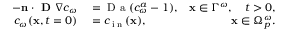
\begin{array} { r l r } { - \textbf n \cdot \textbf { D } \nabla c _ { \omega } } & { { } = \mathrm { ~ D ~ a ~ } ( c _ { \omega } ^ { a } - 1 ) , } & { \textbf x \in \Gamma ^ { \omega } , \quad t > 0 , } \\ { c _ { \omega } ( \textbf x , t = 0 ) } & { { } = c _ { \tiny \mathrm { ~ i ~ n ~ } } ( \textbf x ) , } & { \textbf x \in \Omega _ { p } ^ { \omega } . } \end{array}